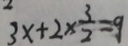
3 x + 2 \times \frac { 3 } { 2 } = 9